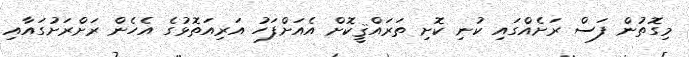
މިގޮތުން ފަސް ރަށެއްގައި ކުނި ކޮށި ތަރައްޤީކޮށް އެއަށްފަހު އަރިއަތޮޅުގެ އެހެން ރަށްރަށުގައާއި